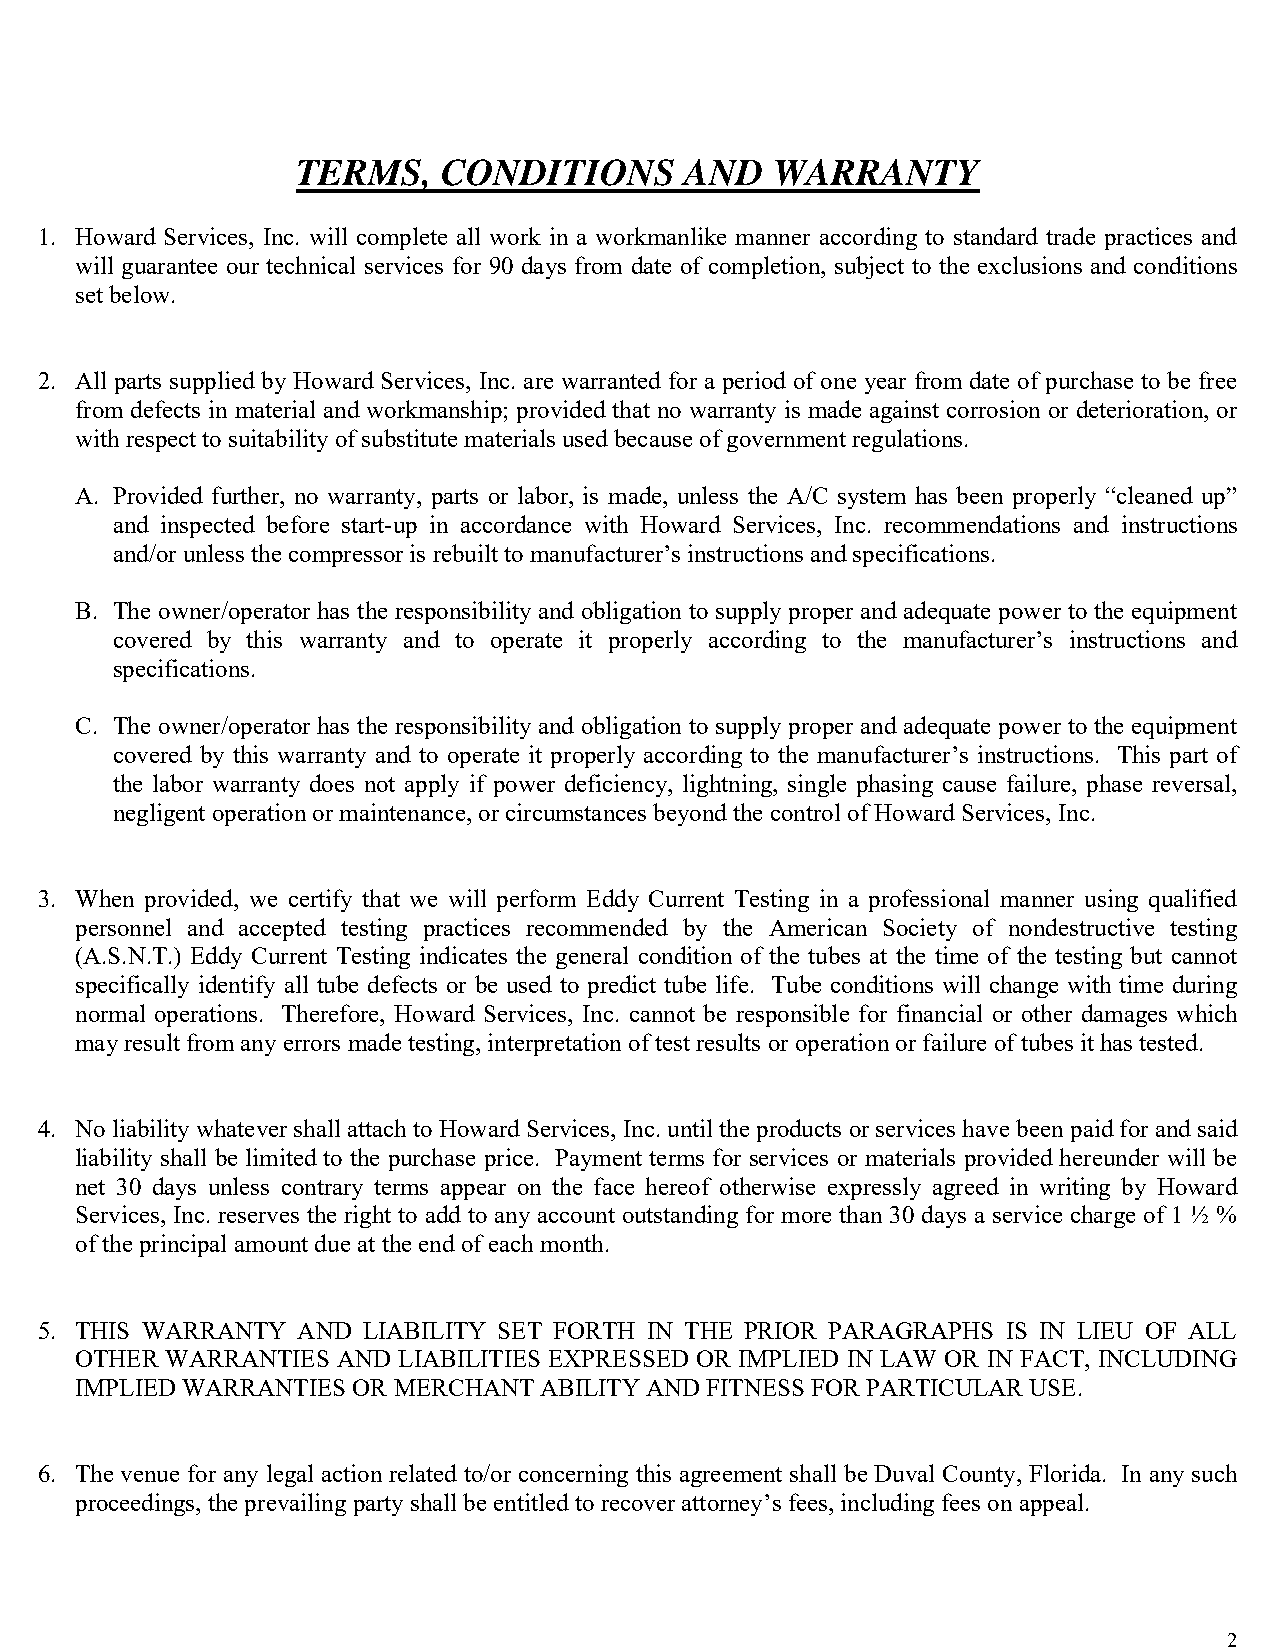
TERMS,   CONDITIONS      AND   WARRANTY
 1. Howard Services, Inc. will complete all work in a workmanlike manner according to standard trade practices and
 will guarantee our technical services for 90 days from date of completion, subject to the exclusions and conditions
 set below.
 2. All parts supplied by Howard Services, Inc. are warranted for a period of one year from date of purchase to be free
 from defects in material and workmanship; provided that no warranty is made against corrosion or deterioration, or
 with respect to suitability of substitute materials used because of government regulations.
 A. Provided further, no warranty, parts or labor, is made, unless the A/C system has been properly “cleaned up”
 and inspected before start-up in accordance with Howard Services, Inc. recommendations and instructions
 and/or unless the compressor is rebuilt to manufacturer’s instructions and specifications.
 B. The owner/operator has the responsibility and obligation to supply proper and adequate power to the equipment
 covered by this warranty and to operate it properly according to the manufacturer’s instructions and
 specifications.
 C. The owner/operator has the responsibility and obligation to supply proper and adequate power to the equipment
 covered by this warranty and to operate it properly according to the manufacturer’s instructions. This part of
 the labor warranty does not apply if power deficiency, lightning, single phasing cause failure, phase reversal,
 negligent operation or maintenance, or circumstances beyond the control of Howard Services, Inc.
 3. When provided, we certify that we will perform Eddy Current Testing in a professional manner using qualified
 personnel and accepted testing practices recommended by the American Society of nondestructive testing
 (A.S.N.T.) Eddy Current Testing indicates the general condition of the tubes at the time of the testing but cannot
 specifically identify all tube defects or be used to predict tube life. Tube conditions will change with time during
 normal operations. Therefore, Howard Services, Inc. cannot be responsible for financial or other damages which
 may result from any errors made testing, interpretation of test results or operation or failure of tubes it has tested.
 4. No liability whatever shall attach to Howard Services, Inc. until the products or services have been paid for and said
 liability shall be limited to the purchase price. Payment terms for services or materials provided hereunder will be
 net 30 days unless contrary terms appear on the face hereof otherwise expressly agreed in writing by Howard
 Services, Inc. reserves the right to add to any account outstanding for more than 30 days a service charge of 1 ½ %
 of the principal amount due at the end of each month.
 5. THIS WARRANTY  AND LIABILITY SET FORTH IN THE PRIOR PARAGRAPHS IS IN LIEU OF ALL
 OTHER WARRANTIES AND LIABILITIES EXPRESSED OR IMPLIED IN LAW OR IN FACT, INCLUDING
 IMPLIED WARRANTIES OR MERCHANT ABILITY AND FITNESS FOR PARTICULAR USE.
 6. The venue for any legal action related to/or concerning this agreement shall be Duval County, Florida. In any such
 proceedings, the prevailing party shall be entitled to recover attorney’s fees, including fees on appeal.
 2